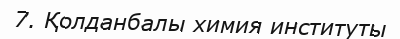
7. Қолданбалы химия институты